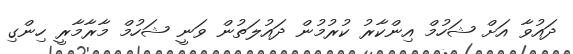
ދައުވާ އަށް ޝަހުމް އިންކާރު ކުރުމުން ދައުލަތުން ވަނީ ޝަހުމް މާރާމާރީ ހިންގި